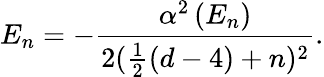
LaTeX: E_{n}=-\frac{\alpha^{2}\left(E_{n}\right)}{2(\frac 12\left(d-4\right)+n)^{2}}.